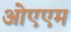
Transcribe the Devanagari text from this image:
ओएएम